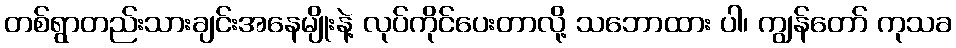
တစ်ရွာတည်းသားချင်းအနေမျိုးနဲ့ လုပ်ကိုင်ပေးတာလို့ သဘောထား ပါ၊ ကျွန်တော် ကုသခ